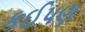
કઈપણ